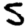
Digit: 5